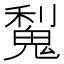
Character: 𫙋